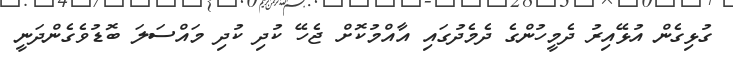
ގުޅިގެން އުޅޭއިރު ދެމީހުންގެ ދެމެދުގައި އާއްމުކޮށް ޖެހޭ ކުދި ކުދި މައްސަލަ ބޮޑުވެގެންދަނީ